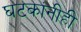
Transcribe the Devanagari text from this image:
घटकांनीही